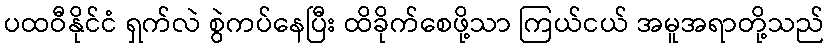
ပထဝီနိုင်ငံ ရှက်လဲ စွဲကပ်နေပြီး ထိခိုက်စေဖို့သာ ကြယ်ငယ် အမူအရာတို့သည်